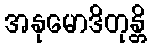
အနုမောဒိတုန္တိ